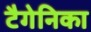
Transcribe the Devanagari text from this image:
टैगेनिका